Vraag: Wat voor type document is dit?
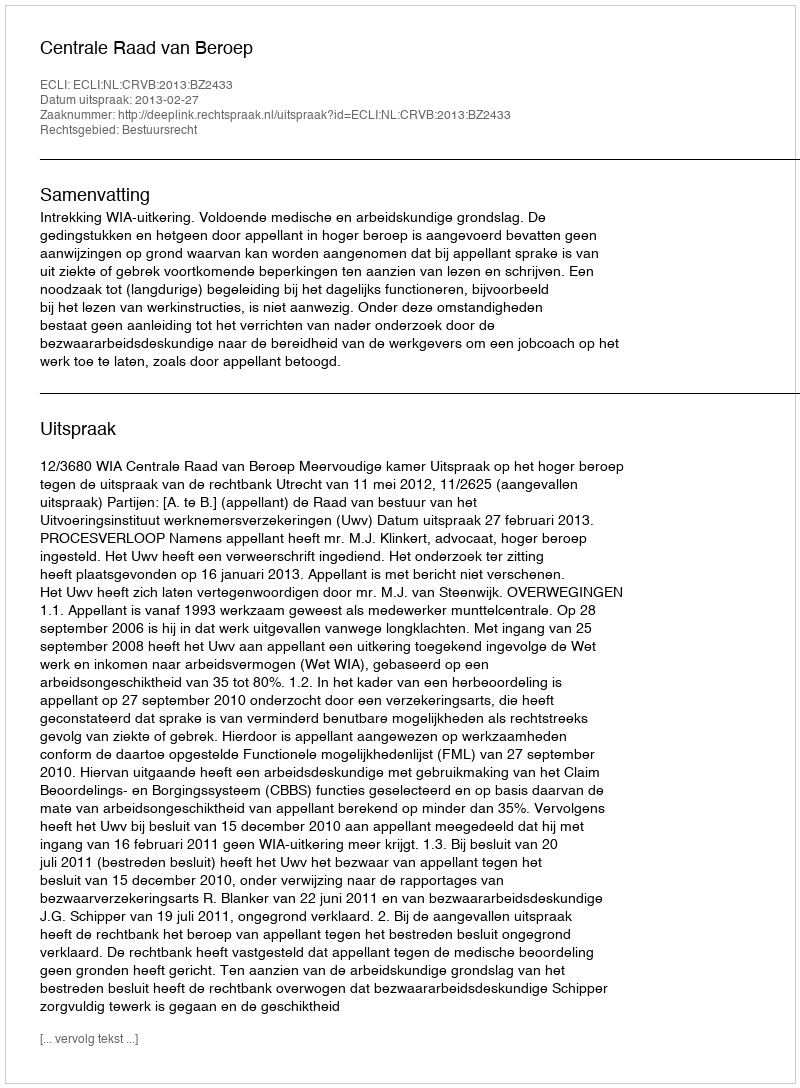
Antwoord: Uitspraak